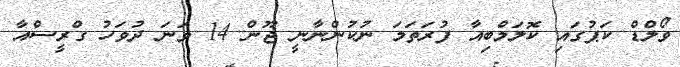
ވޯލްޑް ކަޕުގައި ކޮލަމްބިއާ ފުރަތަމަ ނުކުންނާނީ ޖޫން 14 ވަނަ ދުވަހު ގްރީސްއާ